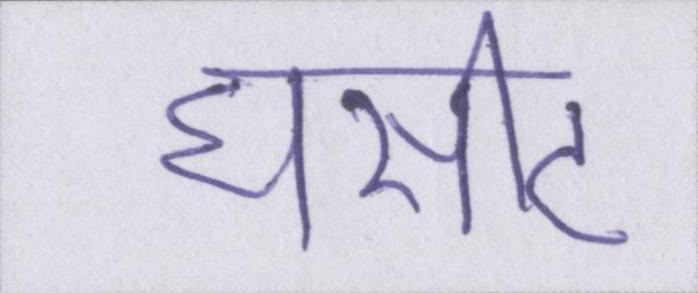
घसीट